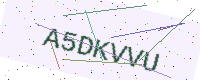
Text: A5DKVVU